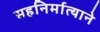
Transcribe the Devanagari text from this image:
सहनिर्मात्याने